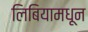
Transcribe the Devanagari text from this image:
लिबियामधून